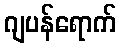
ဂျပန်ရောက်